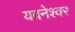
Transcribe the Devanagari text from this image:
यवनेश्वर